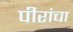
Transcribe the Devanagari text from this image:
पीरांचा